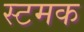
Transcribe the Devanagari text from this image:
स्टमक